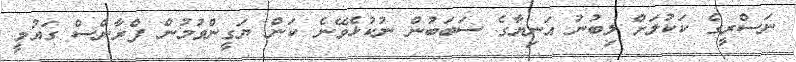
ނަސްރީގެ ކަކުލަށް ލިބުނު އަނިޔާގެ ސަބަބުން ނުކުޅެވޭނެ ކަން ޔަގީންވުމުން ފްރާންސް ގައުމީ